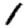
Digit: 1